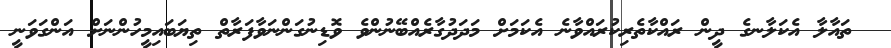
ތައާލާ އެކަލާނގެ ދީން ރައްކާތެރިކުރައްވާނެ އެކަމަށް މަދަދުގާރެއްބޭނުންވެ ވޮޑިނުގަންނަވާފަރާތް ތިޔަބައިމީހުންނަށް އަންގަވަނީ